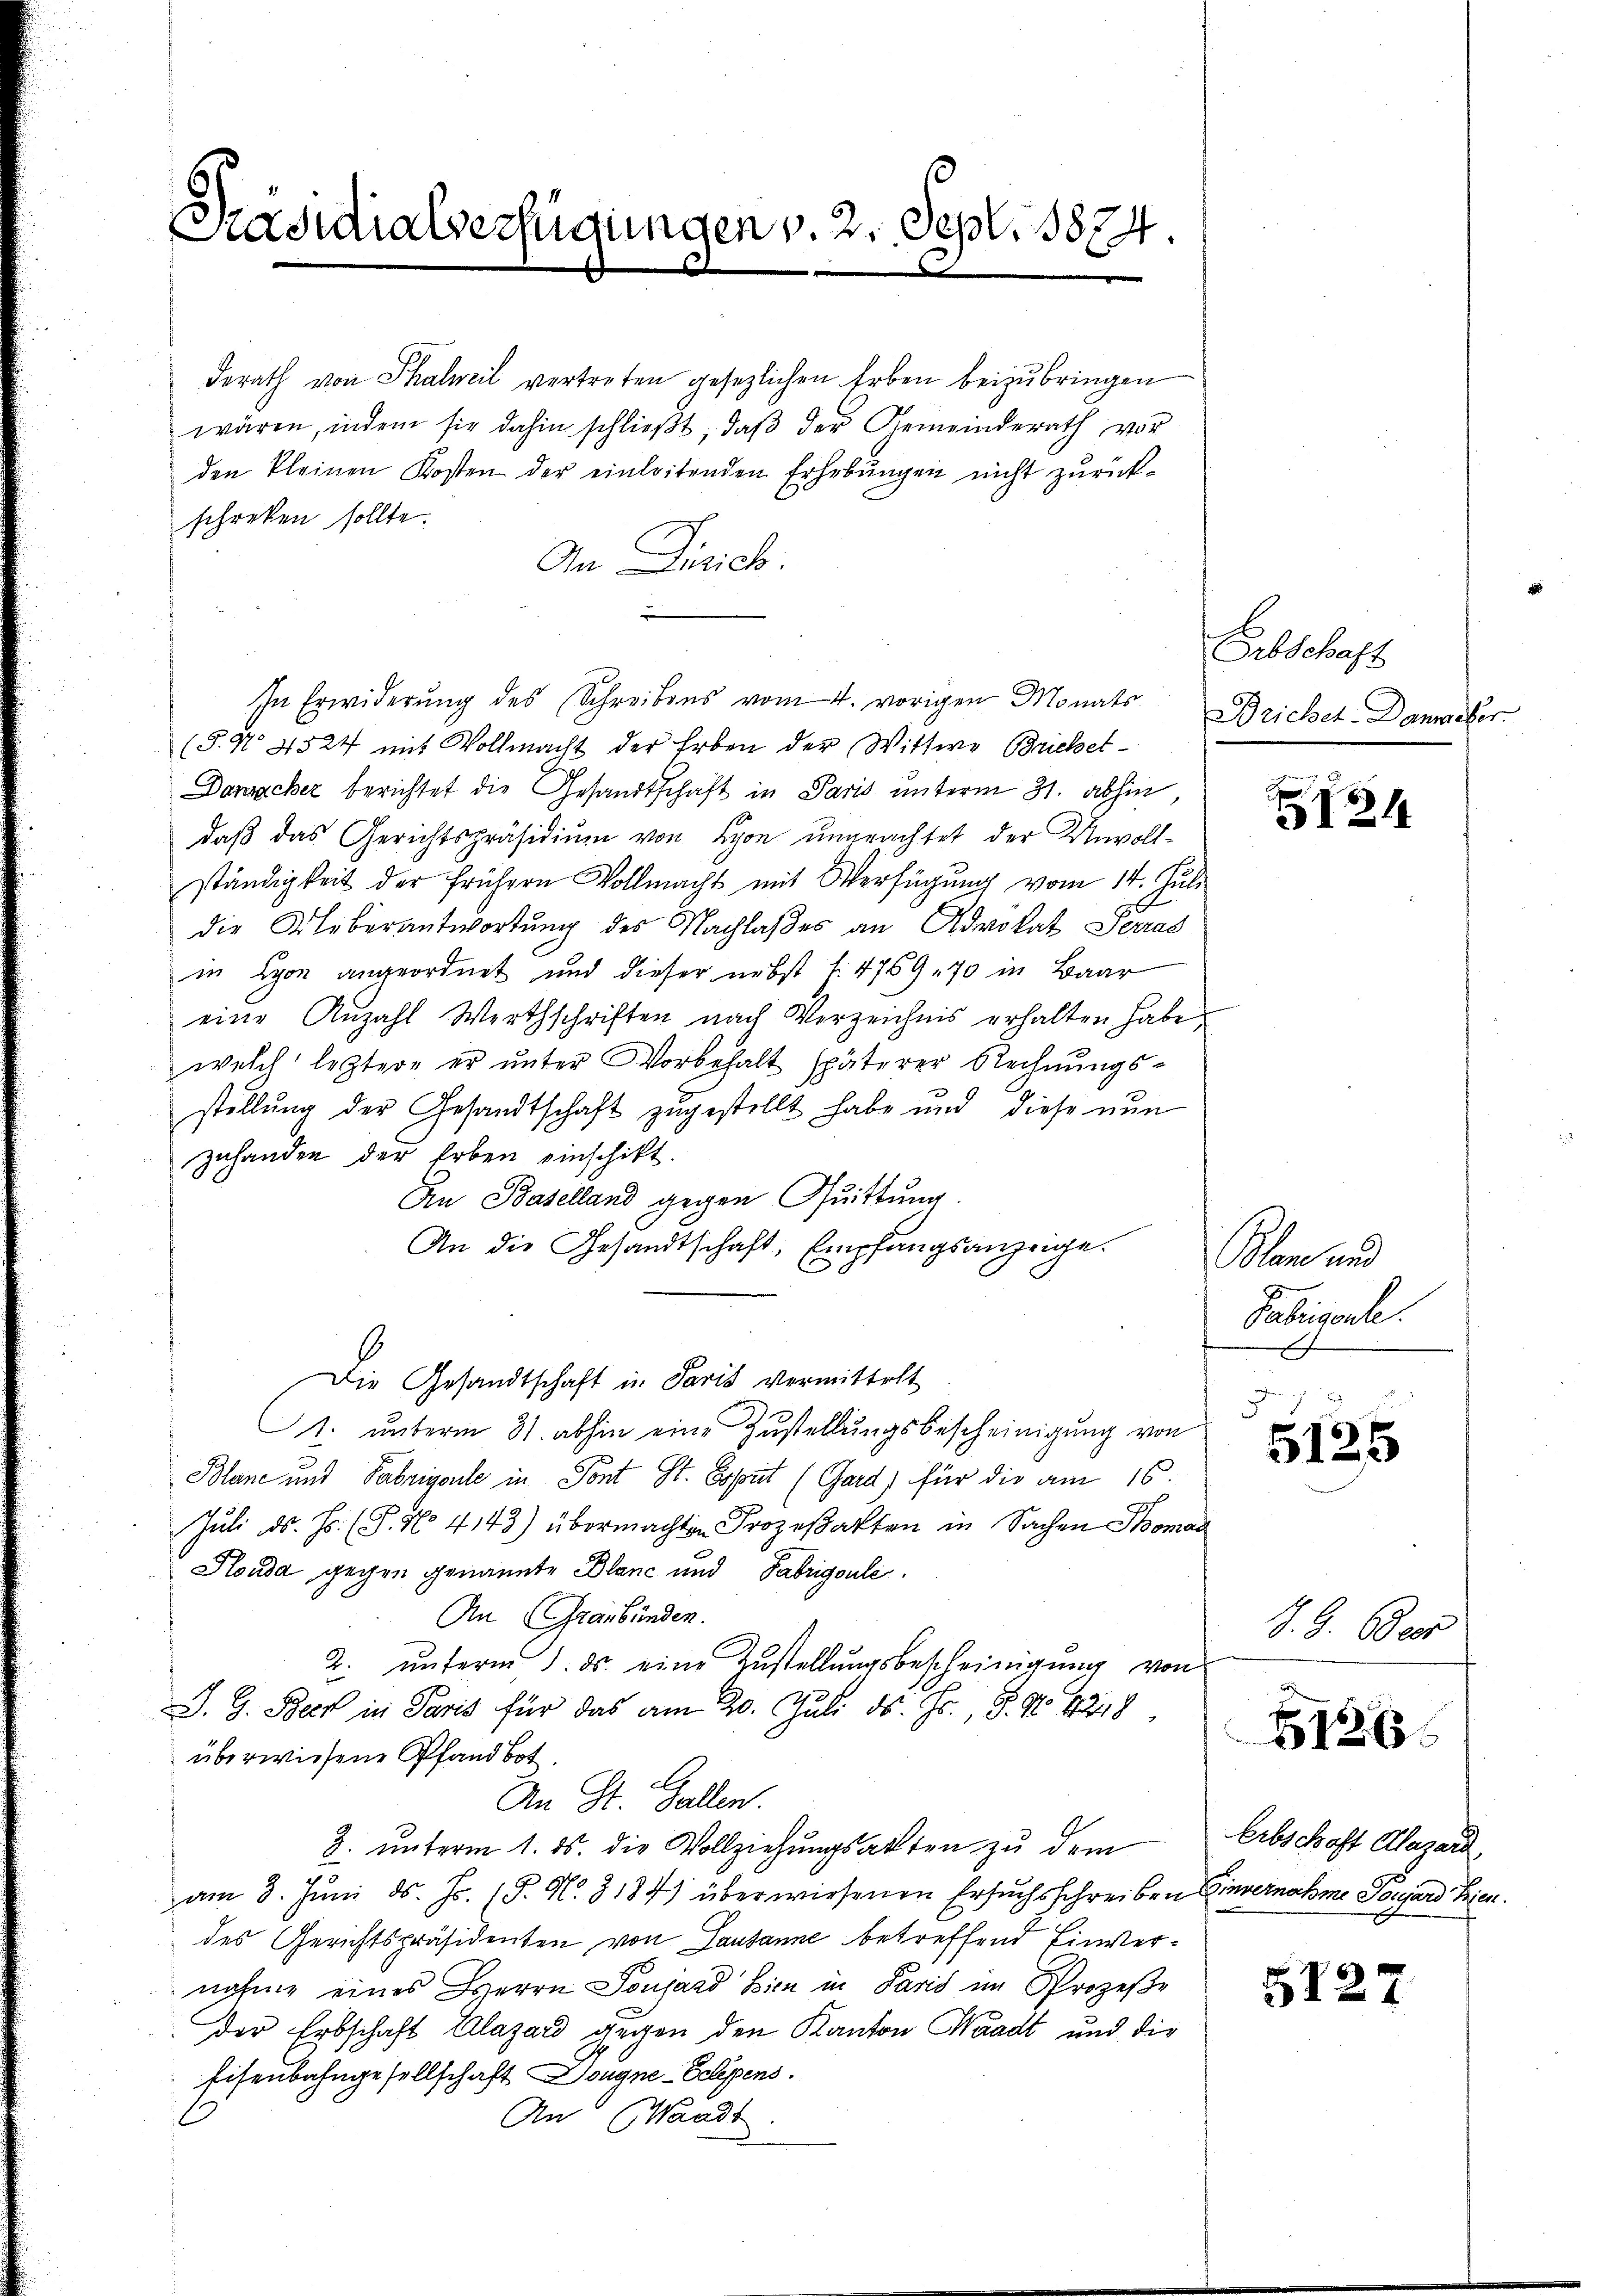
Präsidialverfügungen v. 2. Sept. 1874.

derath von Thalweil vertreten gesezlichen Erben beizubringen
wären, indem sie dahin schlieβt, daβ der Gemeinderath vor
den kleinen Kosten der einleitenden Erhebungen nicht zurückschreken sollte.
Da Dirich.
In Erwiderung des Schreibens vom 4. vorigen Monats
(§. No 4524 mit Vollmacht der Erben der Wittwe Bricket¬
Dansacher berichtet die Gesandtschaft in Paris unterm 31. abhin,
daß das Gerichtspräsidium von Lyon ungeachtet der Unvollständigkeit der frühern Vollmacht mit Verfügŭng vom 14. Juli
die Aliberantwortung des Nachlaßes an Advokat Seras
in Lyon angeordnet und dieser nebst l. 4769, 70 in Baar
eine Anzahl Werthschriften nach Verzeichnis erhalten habe.
welch leztere er unter Vorbehalt späterer Rechnungsstellung der Gesandtschaft zugestellt habe und diese nun
zuhanden der Erben einschikt.
An Baselland gegen Quittung.
An die Gesandtschaft, Empfangsanzeige.
Die Gesandtschaft in Paris vermittelt
1. unterm 31. abhin eine Zustellungsbescheinigung von
Blane und Fabrigente in Sont St. Popist (Gard) für die am 16.
Juli d. Js. (T. No 4143) übermachten Prozeßakten in Sachen Thoman
Honda gegen genannte Blanc und Fabrigoule
An Graubünden.
2. unterm 1. ds. eine Zustellungsbescheinigung von
S. G. Beck in Paris für das am 20. Juli ds. Hr. P. Nr. 18218,
überwiesene Pfandbot.
An St. Gallen.
3. unterm 1. ds. die Vollziehungsakten zu dem
am 3. Juni d. Js. (T. N. 3184) überwiesenen Ersuchsschreiben Einvernahme Souard Heisen.
des Gerichtspräsidenten von Lausanne betreffend Einvernahme eines Herrn Ponhard Bien in Paris im Prozeße
der Erbschaft Alazard gegen den Kanton Waadt und die
Eisenbahngesellschaft Dougne-Seligens.
An (Waadt

Erbschaft
Brichet-Danmeber

121

Plan und
Pabisante.
e

.
5125

J. G. Ober

5126

Erbschaft Alazard,

5127